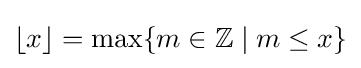
\lfloor x\rfloor =\max\{m\in \mathbb {Z} \mid m\leq x\}